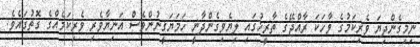
ނިމިގެންދިޔަ ވެރިކަމުގެ ވާހަކަ ރާއްޖޭގެ ތާރީޚުގައި ލިޔެވިގެންދާނީ ހަމަޔަޤީނުންވެސް އަނިޔާވެރި ވެރިކަމެއްގެ ގޮތުގައެވެ.